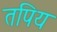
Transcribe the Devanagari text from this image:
तपिय